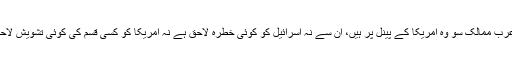
رہے عرب ممالک سو وہ امریکا کے پینل پر ہیں، ان سے نہ اسرائیل کو کوئی خطرہ لاحق ہے نہ امریکا کو کسی قسم کی کوئی تشویش لاحق ہے۔